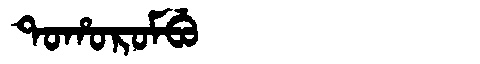
Manchu: ᡨᠣᡥᠣᡵᠣᠮᠪᡠ
Romanization: TOHOROMBU